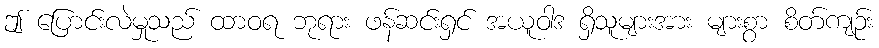
ဤ ပြောင်းလဲမှုသည် ထာဝရ ဘုရား ဖန်ဆင်းရှင် အယူဝါဒ ရှိသူများအား များစွာ စိတ်ကျဉ်း